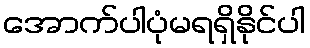
အောက်ပါပုံမရရှိနိုင်ပါ